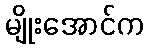
မျိုးအောင်က